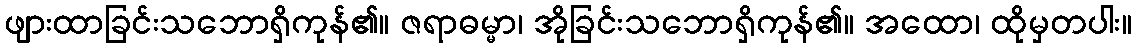
ဖျားထာခြင်းသဘောရှိကုန်၏။ ဇရာဓမ္မာ၊ အိုခြင်းသဘောရှိကုန်၏။ အထော၊ ထိုမှတပါး။